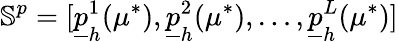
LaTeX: \mathbb{S}^{p}=[\underline{{p}}_{h}^{1}(\mu^{*}),\underline{{p}}_{h}^{2}(\mu^{*}),\dots,\underline{{p}}_{h}^{L}(\mu^{*})]